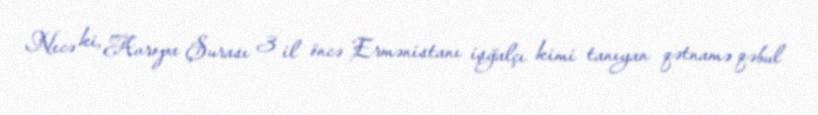
Necə ki, Avropa Şurası 3 il öncə Ermənistanı işğalçı kimi tanıyan qətnamə qəbul